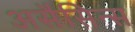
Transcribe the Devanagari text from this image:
असैसिन्स